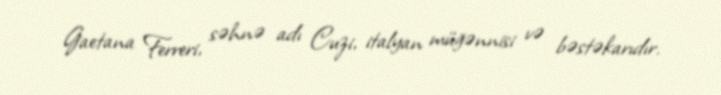
Gaetana Ferreri, səhnə adı Cuzi, italyan müğənnisi və bəstəkarıdır.